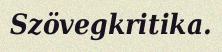
Szövegkritika.